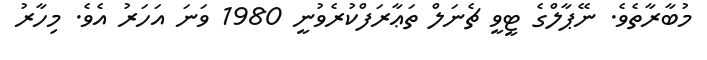
މުބާރާތެވެ. ނޭޕާލްގެ ޓީވީ ޗެނަލް ތަޢާރަފްކުރެވުނީ 1980 ވަނަ އަހަރު އެވެ. މިހާރު